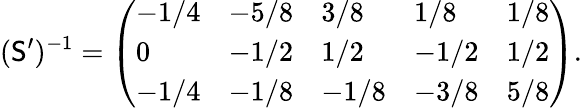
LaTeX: (\mathsf{S}^{\prime})^{-1}=\left(\begin{array}{lllll}{-1/4}&{-5/8}&{3/8}&{1/8}&{1/8}\\ {0}&{-1/2}&{1/2}&{-1/2}&{1/2}\\ {-1/4}&{-1/8}&{-1/8}&{-3/8}&{5/8}\end{array}\right).